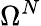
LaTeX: \Omega^{N}